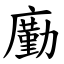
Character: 㢙